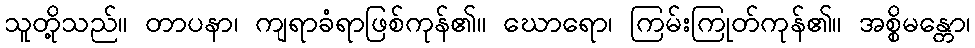
သူတို့သည်။ တာပနာ၊ ကျရာခံရာဖြစ်ကုန်၏။ ဃောရော၊ ကြမ်းကြုတ်ကုန်၏။ အစ္စိမန္တော၊